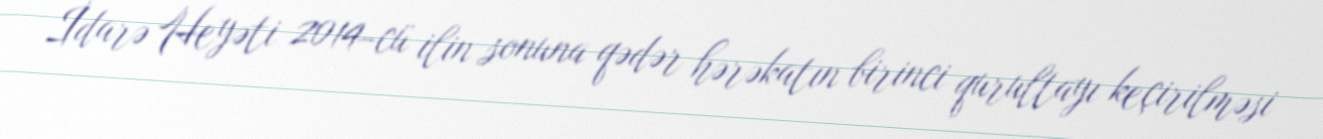
İdarə Heyəti 2014-cü ilin sonuna qədər hərəkatın birinci qurultayı keçirilməsi